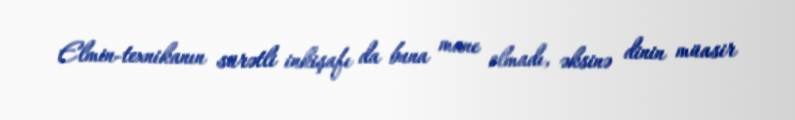
Elmin-texnikanın sürətli inkişafı da buna mane olmadı, əksinə dinin müasir